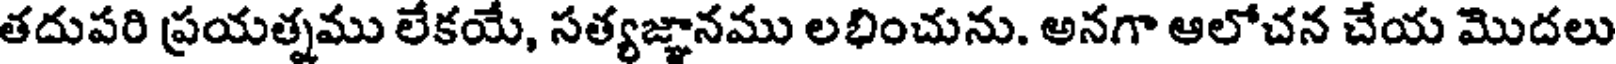
తదుపరి ప్రయత్నము లేకయే, సత్యజ్ఞానము లభించును. అనగా ఆలోచన చేయ మొదలు